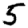
Digit: 5